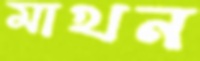
মাখন